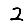
Digit: 2